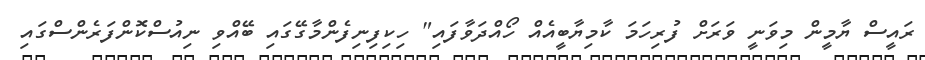
ރައީސް ޔާމީން މިވަނީ ވަރަށް ފުރިހަމަ ކާމިޔާބީއެއް ހޯއްދަވާފައި" ހިކިފިނިފެންމާގޭގައި ބޭއްވި ނިއުސްކޮންފަރެންސްގައި